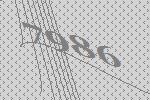
7986